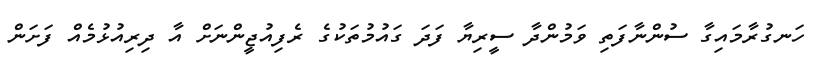
ހަނގުރާމައިގާ ސުންނާފަތި ވަމުންދާ ސީރިޔާ ފަދަ ގައުމުތަކުގެ ރެފިއުޖީންނަށް އާ ދިރިއުޅުމެއް ފަށަން